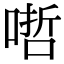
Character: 𠹗